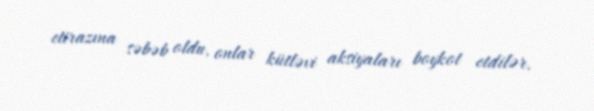
etirazına səbəb oldu, onlar kütləvi aksiyaları boykot etdilər.